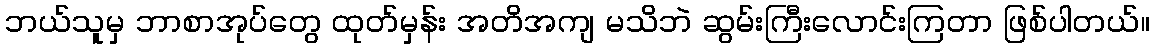
ဘယ်သူမှ ဘာစာအုပ်တွေ ထုတ်မှန်း အတိအကျ မသိဘဲ ဆွမ်းကြီးလောင်းကြတာ ဖြစ်ပါတယ်။